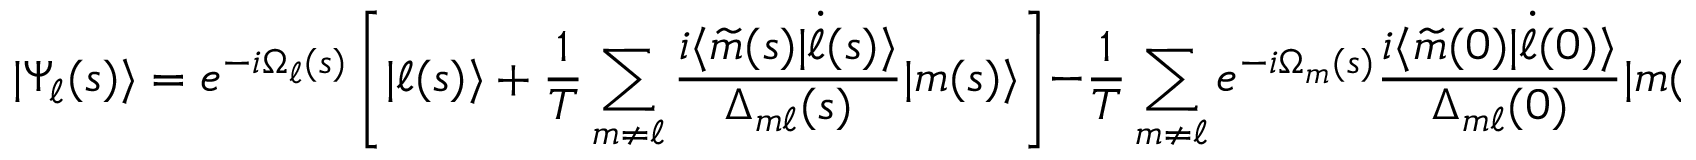
| \Psi _ { \ell } ( s ) \rangle = e ^ { - i \Omega _ { \ell } ( s ) } \left[ | \ell ( s ) \rangle + \frac { 1 } { T } \sum _ { m \neq \ell } \frac { i \langle \widetilde { m } ( s ) | \dot { \ell } ( s ) \rangle } { \Delta _ { m \ell } ( s ) } | m ( s ) \rangle \right] - \frac { 1 } { T } \sum _ { m \neq \ell } e ^ { - i \Omega _ { m } ( s ) } \frac { i \langle \widetilde { m } ( 0 ) | \dot { \ell } ( 0 ) \rangle } { \Delta _ { m \ell } ( 0 ) } | m ( s ) \rangle ,